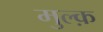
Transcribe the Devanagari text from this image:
मुल्क़